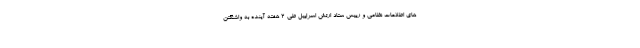
های اطلاعات نظامی و رییس ستاد ارتش اسراییل طی 2 هفته آینده به واشنگتن